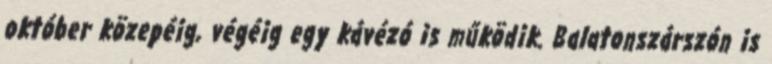
október közepéig, végéig egy kávézó is működik. Balatonszárszón is